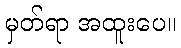
မှတ်ရာ အထူးပေ။